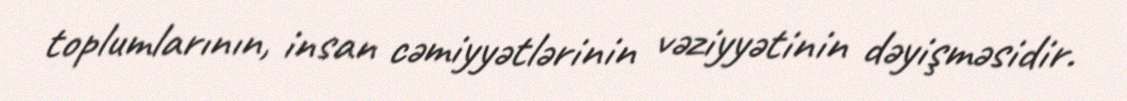
toplumlarının, insan cəmiyyətlərinin vəziyyətinin dəyişməsidir.